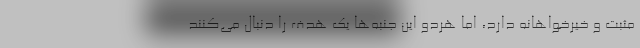
مثبت و خیرخواهانه دارد، اما هردو این جنبه‌ها یک هدف را دنبال می‌کنند